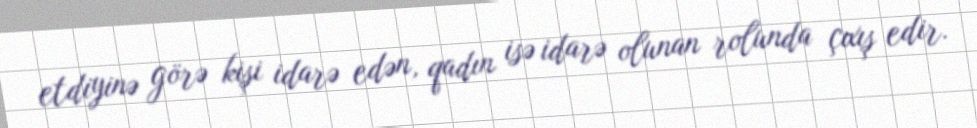
etdiyinə görə kişi idarə edən, qadın isə idarə olunan rolunda çıxış edir.